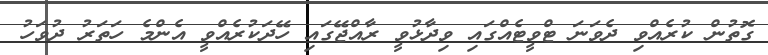
ގޮތުން ކުރެއްވި ދެވަނަ ޓްވީޓެއްގައި ވިދާޅުވީ ރާއްޖޭގައި ހޭދަކުރެއްވީ އެންމެ ހަތަރު ދުވަހު